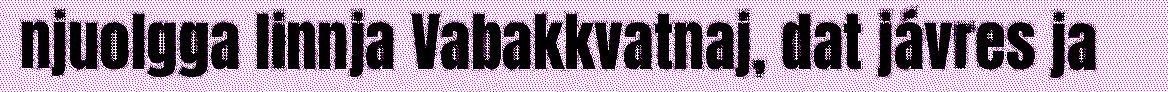
njuolgga linnja Vabakkvatnaj, dat jávres ja